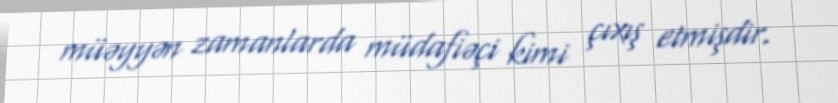
müəyyən zamanlarda müdafiəçi kimi çıxış etmişdir.